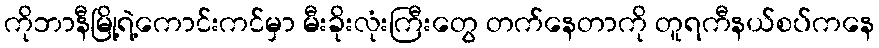
ကိုဘာနီမြို့ရဲ့ကောင်းကင်မှာ မီးခိုးလုံးကြီးတွေ တက်နေတာကို တူရကီနယ်စပ်ကနေ